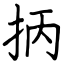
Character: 抦